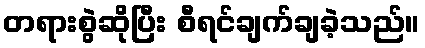
တရားစွဲဆိုပြီး စီရင်ချက်ချခဲ့သည်။